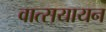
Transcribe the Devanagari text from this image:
वात्सयायन